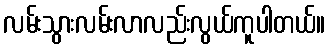
လမ်းသွားလမ်းလာလည်းလွယ်ကူပါတယ်။